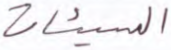
السيئات